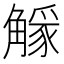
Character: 𧤷